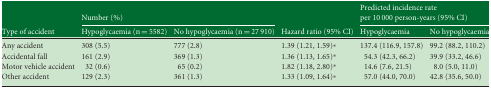
<table><thead><tr><td>[EMPTY_CELL]</td><td colspan="2"><b>Number (%)</b></td><td>[EMPTY_CELL]</td><td colspan="2"><b>Predicted incidence rate per 10 000 person-years (95% CI)</b></td></tr><tr><td><b>Type of accident</b></td><td><b>Hypoglycaemia (n = 5582)</b></td><td><b>No hypoglycaemia (n = 27 910)</b></td><td><b>Hazard ratio (95% CI)</b></td><td><b>Hypoglycaemia</b></td><td><b>No hypoglycaemia</b></td></tr></thead><tbody><tr><td>Any accident</td><td>308 (5.5)</td><td>777 (2.8)</td><td>1.39 (1.21, 1.59)*</td><td>137.4 (116.9, 157.8)</td><td>99.2 (88.2, 110.2)</td></tr><tr><td>Accidental fall</td><td>161 (2.9)</td><td>369 (1.3)</td><td>1.36 (1.13, 1.65)*</td><td>54.3 (42.3, 66.2)</td><td>39.9 (33.2, 46.6)</td></tr><tr><td>Motor vehicle accident</td><td>32 (0.6)</td><td>65 (0.2)</td><td>1.82 (1.18, 2.80)*</td><td>14.6 (7.6, 21.5)</td><td>8.0 (5.0, 11.0)</td></tr><tr><td>Other accident</td><td>129 (2.3)</td><td>361 (1.3)</td><td>1.33 (1.09, 1.64)*</td><td>57.0 (44.0, 70.0)</td><td>42.8 (35.6, 50.0)</td></tr></tbody></table>